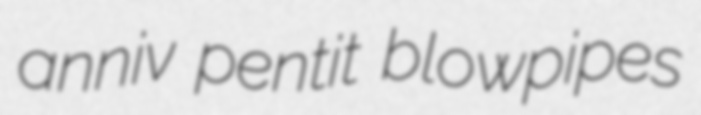
anniv pentit blowpipes